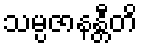
သမ္ပဇာနန္တီတိ